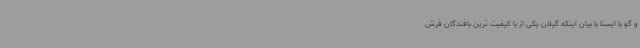
و گو با ایسنا با بیان اینکه گیلان یکی از با کیفیت ترین بافندگان فرش